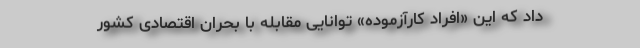
داد که این «افراد کارآزموده» توانایی مقابله با بحران اقتصادی کشور